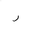
Letter: _ra